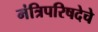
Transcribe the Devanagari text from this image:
मंत्रिपरिषदेचे